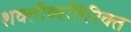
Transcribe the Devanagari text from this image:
शक्तीव्यतिरिक्त